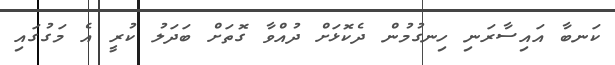
ކަނބާ އައިސާރަނި ހިނގުމުން ދެކޮޅަށް ދުއްވާ ގޮތަށް ބަދަލު ކުރީ އެ މަގުގައި